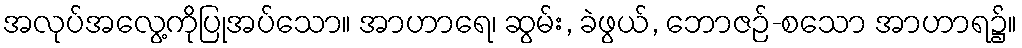
အလုပ်အလွေ့ကိုပြုအပ်သော။ အာဟာရေ၊ ဆွမ်း, ခဲဖွယ်, ဘောဇဉ်-စသော အာဟာရ၌။